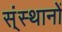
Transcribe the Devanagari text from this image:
स्ंस्थानों